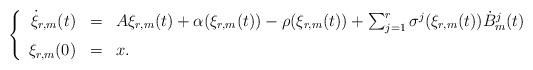
LaTeX: \begin{align*}\left\{\begin{array}{rcl}\dot{\xi}_{r,m}(t) & = & A \xi_{r,m}(t) + \alpha(\xi_{r,m}(t)) - \rho(\xi_{r,m}(t)) + \sum_{j=1}^r \sigma^j(\xi_{r,m}(t)) \dot{B}_m^j(t) \medskip\\ \xi_{r,m}(0) & = & x.\end{array}\right.\end{align*}